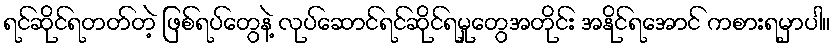
ရင်ဆိုင်ရတတ်တဲ့ ဖြစ်ရပ်တွေနဲ့ လုပ်ဆောင်ရင်ဆိုင်ရမှုတွေအတိုင်း အနိုင်ရအောင် ကစားရမှာပါ။